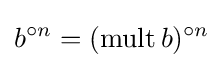
b^{\circ n}=(\operatorname {mult} b)^{\circ n}